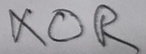
Text: XOR